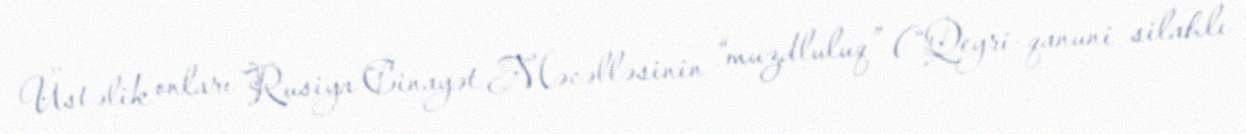
Üstəlik onları Rusiya Cinayət Məcəlləsinin “muzdluluq” (“Qeyri-qanuni silahlı